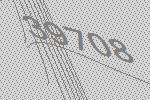
39708